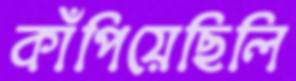
কাঁপিয়েছিলি